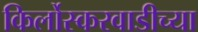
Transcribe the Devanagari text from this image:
किर्लोस्करवाडीच्या